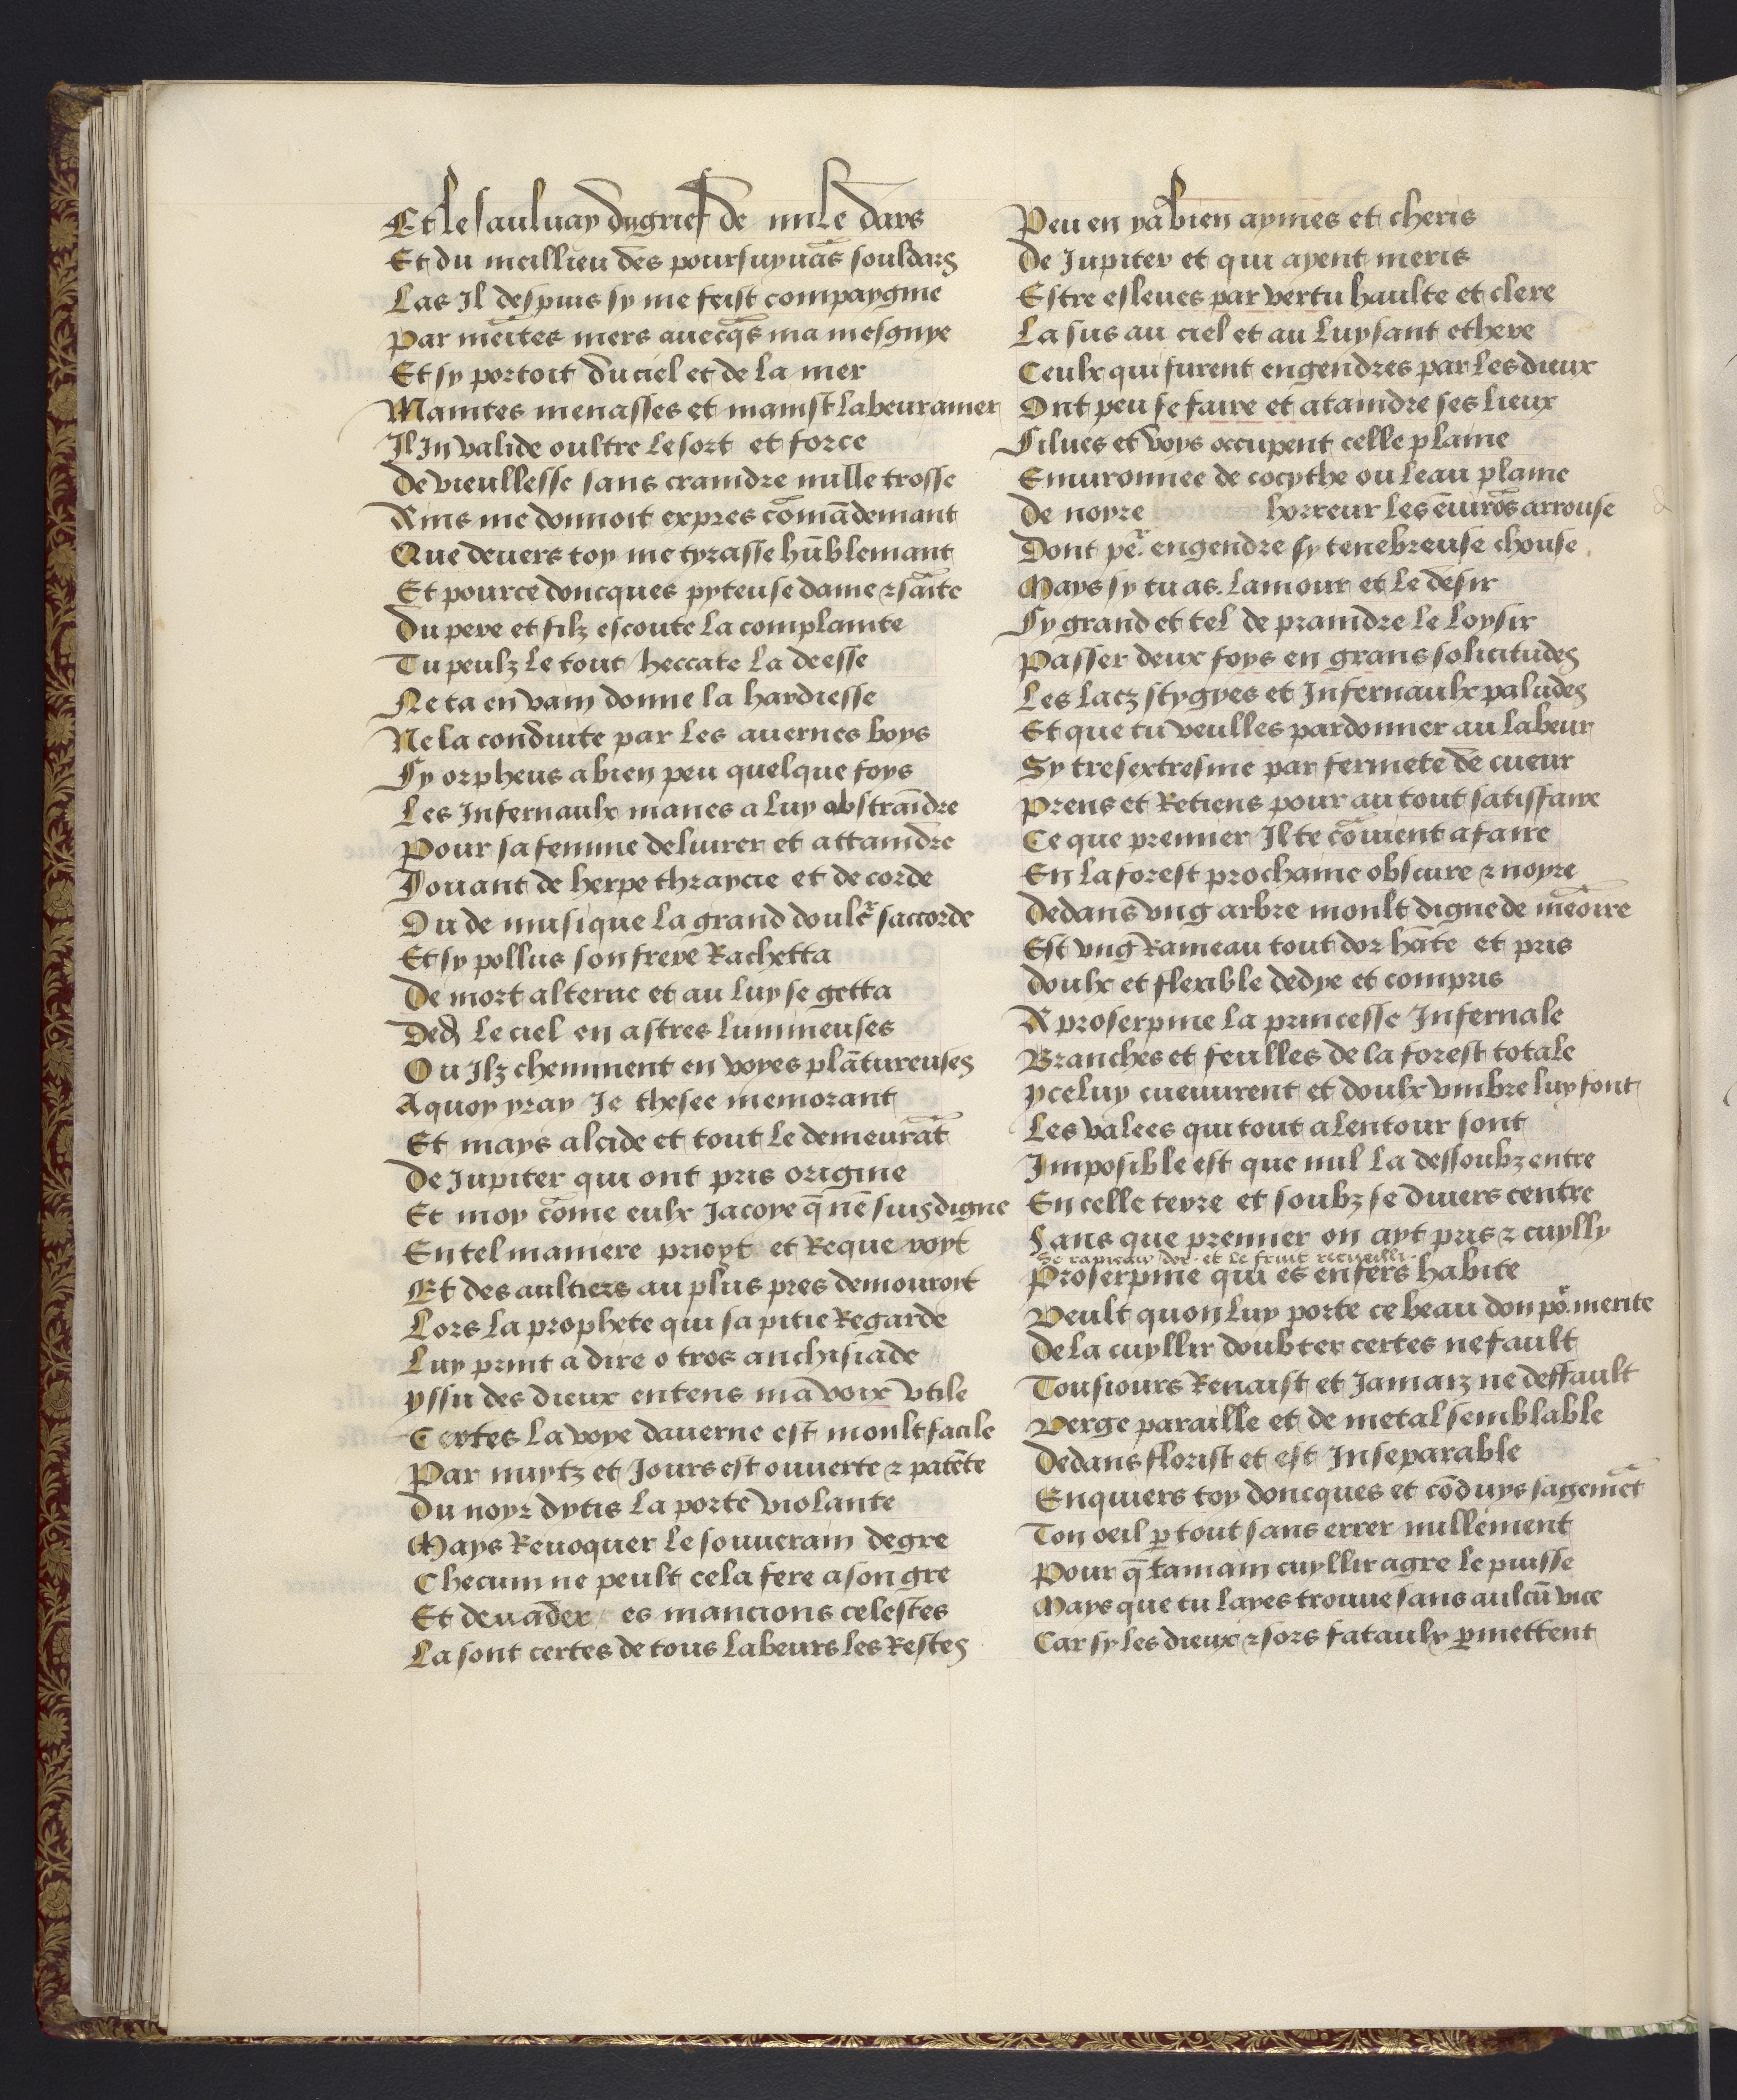
Shelfmark: Philadelphia, University of Pennsylvania, codex 909
Century: 15